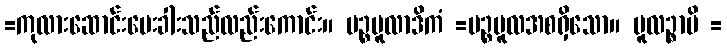
=ကုလားဆောင်းမေးခါးသည်လည်းကောင်း။ ပဉ္စမူလာဒိကံ =ပဉ္စမူလအစရှိသော။ မူလဉ္စာပိ =